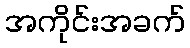
အကိုင်းအခက်